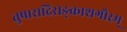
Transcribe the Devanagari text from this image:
तुषाराद्रिसङ्काशगौरम्